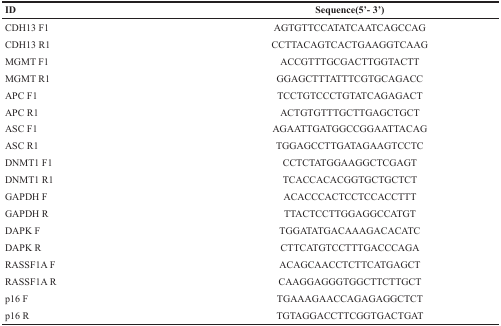
| ID | Sequence(5′- 3′) |
 | --- | --- |
 | CDH13 F1 | AGTGTTCCATATCAATCAGCCAG |
 | CDH13 R1 | CCTTACAGTCACTGAAGGTCAAG |
 | MGMT F1 | ACCGTTTGCGACTTGGTACTT |
 | MGMT R1 | GGAGCTTTATTTCGTGCAGACC |
 | APC F1 | TCCTGTCCCTGTATCAGAGACT |
 | APC R1 | ACTGTGTTTGCTTGAGCTGCT |
 | ASC F1 | AGAATTGATGGCCGGAATTACAG |
 | ASC R1 | TGGAGCCTTGATAGAAGTCCTC |
 | DNMT1 F1 | CCTCTATGGAAGGCTCGAGT |
 | DNMT1 R1 | TCACCACACGGTGCTGCTCT |
 | GAPDH F | ACACCCACTCCTCCACCTTT |
 | GAPDH R | TTACTCCTTGGAGGCCATGT |
 | DAPK F | TGGATATGACAAAGACACATC |
 | DAPK R | CTTCATGTCCTTTGACCCAGA |
 | RASSF1A F | ACAGCAACCTCTTCATGAGCT |
 | RASSF1A R | CAAGGAGGGTGGCTTCTTGCT |
 | p16 F | TGAAAGAACCAGAGAGGCTCT |
 | p16 R | TGTAGGACCTTCGGTGACTGAT |